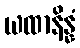
ယထာနိန္နံ